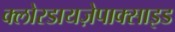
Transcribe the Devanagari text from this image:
क्लोरडायज़ेपाक्साइड